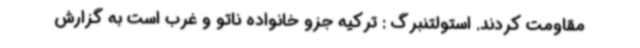
مقاومت کردند. استولتنبرگ : ترکیه جزو خانواده ناتو و غرب است به گزارش